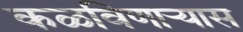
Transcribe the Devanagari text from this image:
कळविणार्‍यास